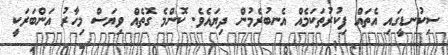
ސިކުނޑީގައި އެތައް ފިކުރުތަކަމެއް އެނބުރެމުން ދިޔައެވެ. ކޮންމެ ގޮތެއް ވިޔަސް މިހާރު އަންބަރަކީ